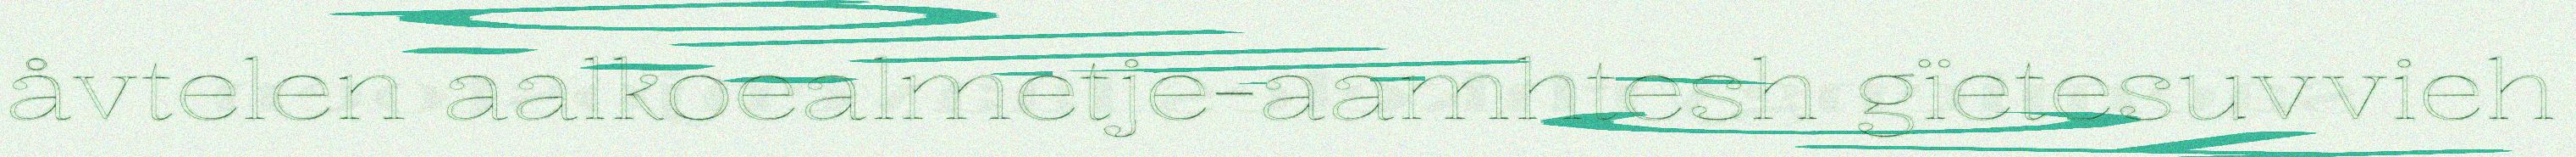
åvtelen aalkoealmetje-aamhtesh gïetesuvvieh